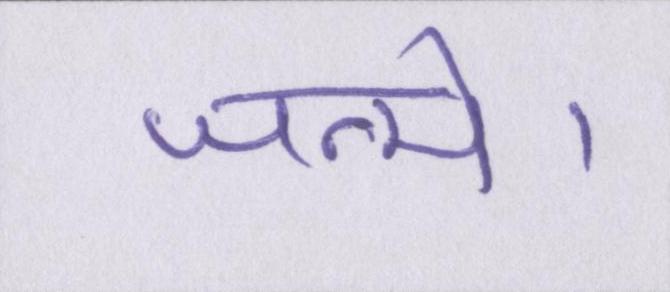
जन्मे।